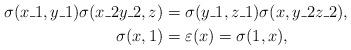
LaTeX: \begin{align*}\sigma(x\_1, y\_1)\sigma(x\_2y\_2, z) &= \sigma(y\_1,z\_1)\sigma(x, y\_2z\_2),\\ \sigma(x, 1) &= \varepsilon(x) =\sigma(1, x),\end{align*}